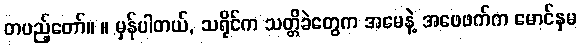
တပည့်တော်။ ။ မှန်ပါတယ်, သရိုင်က သတ္တိခဲတွေက အမေနဲ့ အဖေဖက်က မောင်နှမ